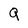
Character: Q